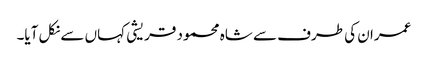
عمران کی طرف سے شاہ محمود قریشی کہاں سے نکل آیا۔